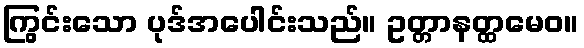
ကြွင်းသော ပုဒ်အပေါင်းသည်။ ဥတ္တာနတ္ထမေဝ။